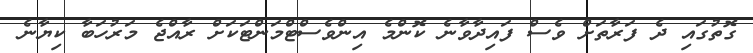
ގޮތުގައި ދެ ފަރާތަށް ވެސް ފައިދާވާނެ ކޮންމެ އިންވެސްޓްމަންޓަކަށް ރާއްޖެ މަރުހަބާ ކިޔާނެ